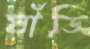
ঘাঁডি